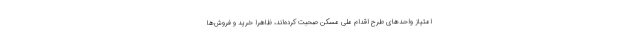
امتیاز واحدهای طرح اقدام ملی مسکن صحبت کرده‌اند، ظاهرا خرید و فروش‌ها